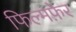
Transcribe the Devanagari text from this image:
फिल्मफ़ेर